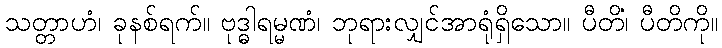
သတ္တာဟံ၊ ခုနစ်ရက်။ ဗုဒ္ဓါရမ္မဏံ၊ ဘုရားလျှင်အာရုံရှိသော။ ပီတိံ၊ ပီတိကို။